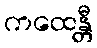
ကထေန္တီ